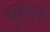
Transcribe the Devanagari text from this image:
चुरुवा